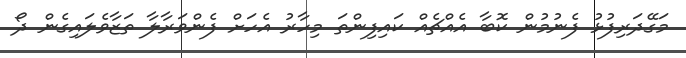
މަގޭދަރިފުޅު ފެނުމުން ކޮބާ އެއްޗެއް ކައިފިންތަ މިހާރު އެހަށް ފެންވަރާލާ ތަޒާވެލައިގެން ދޯ